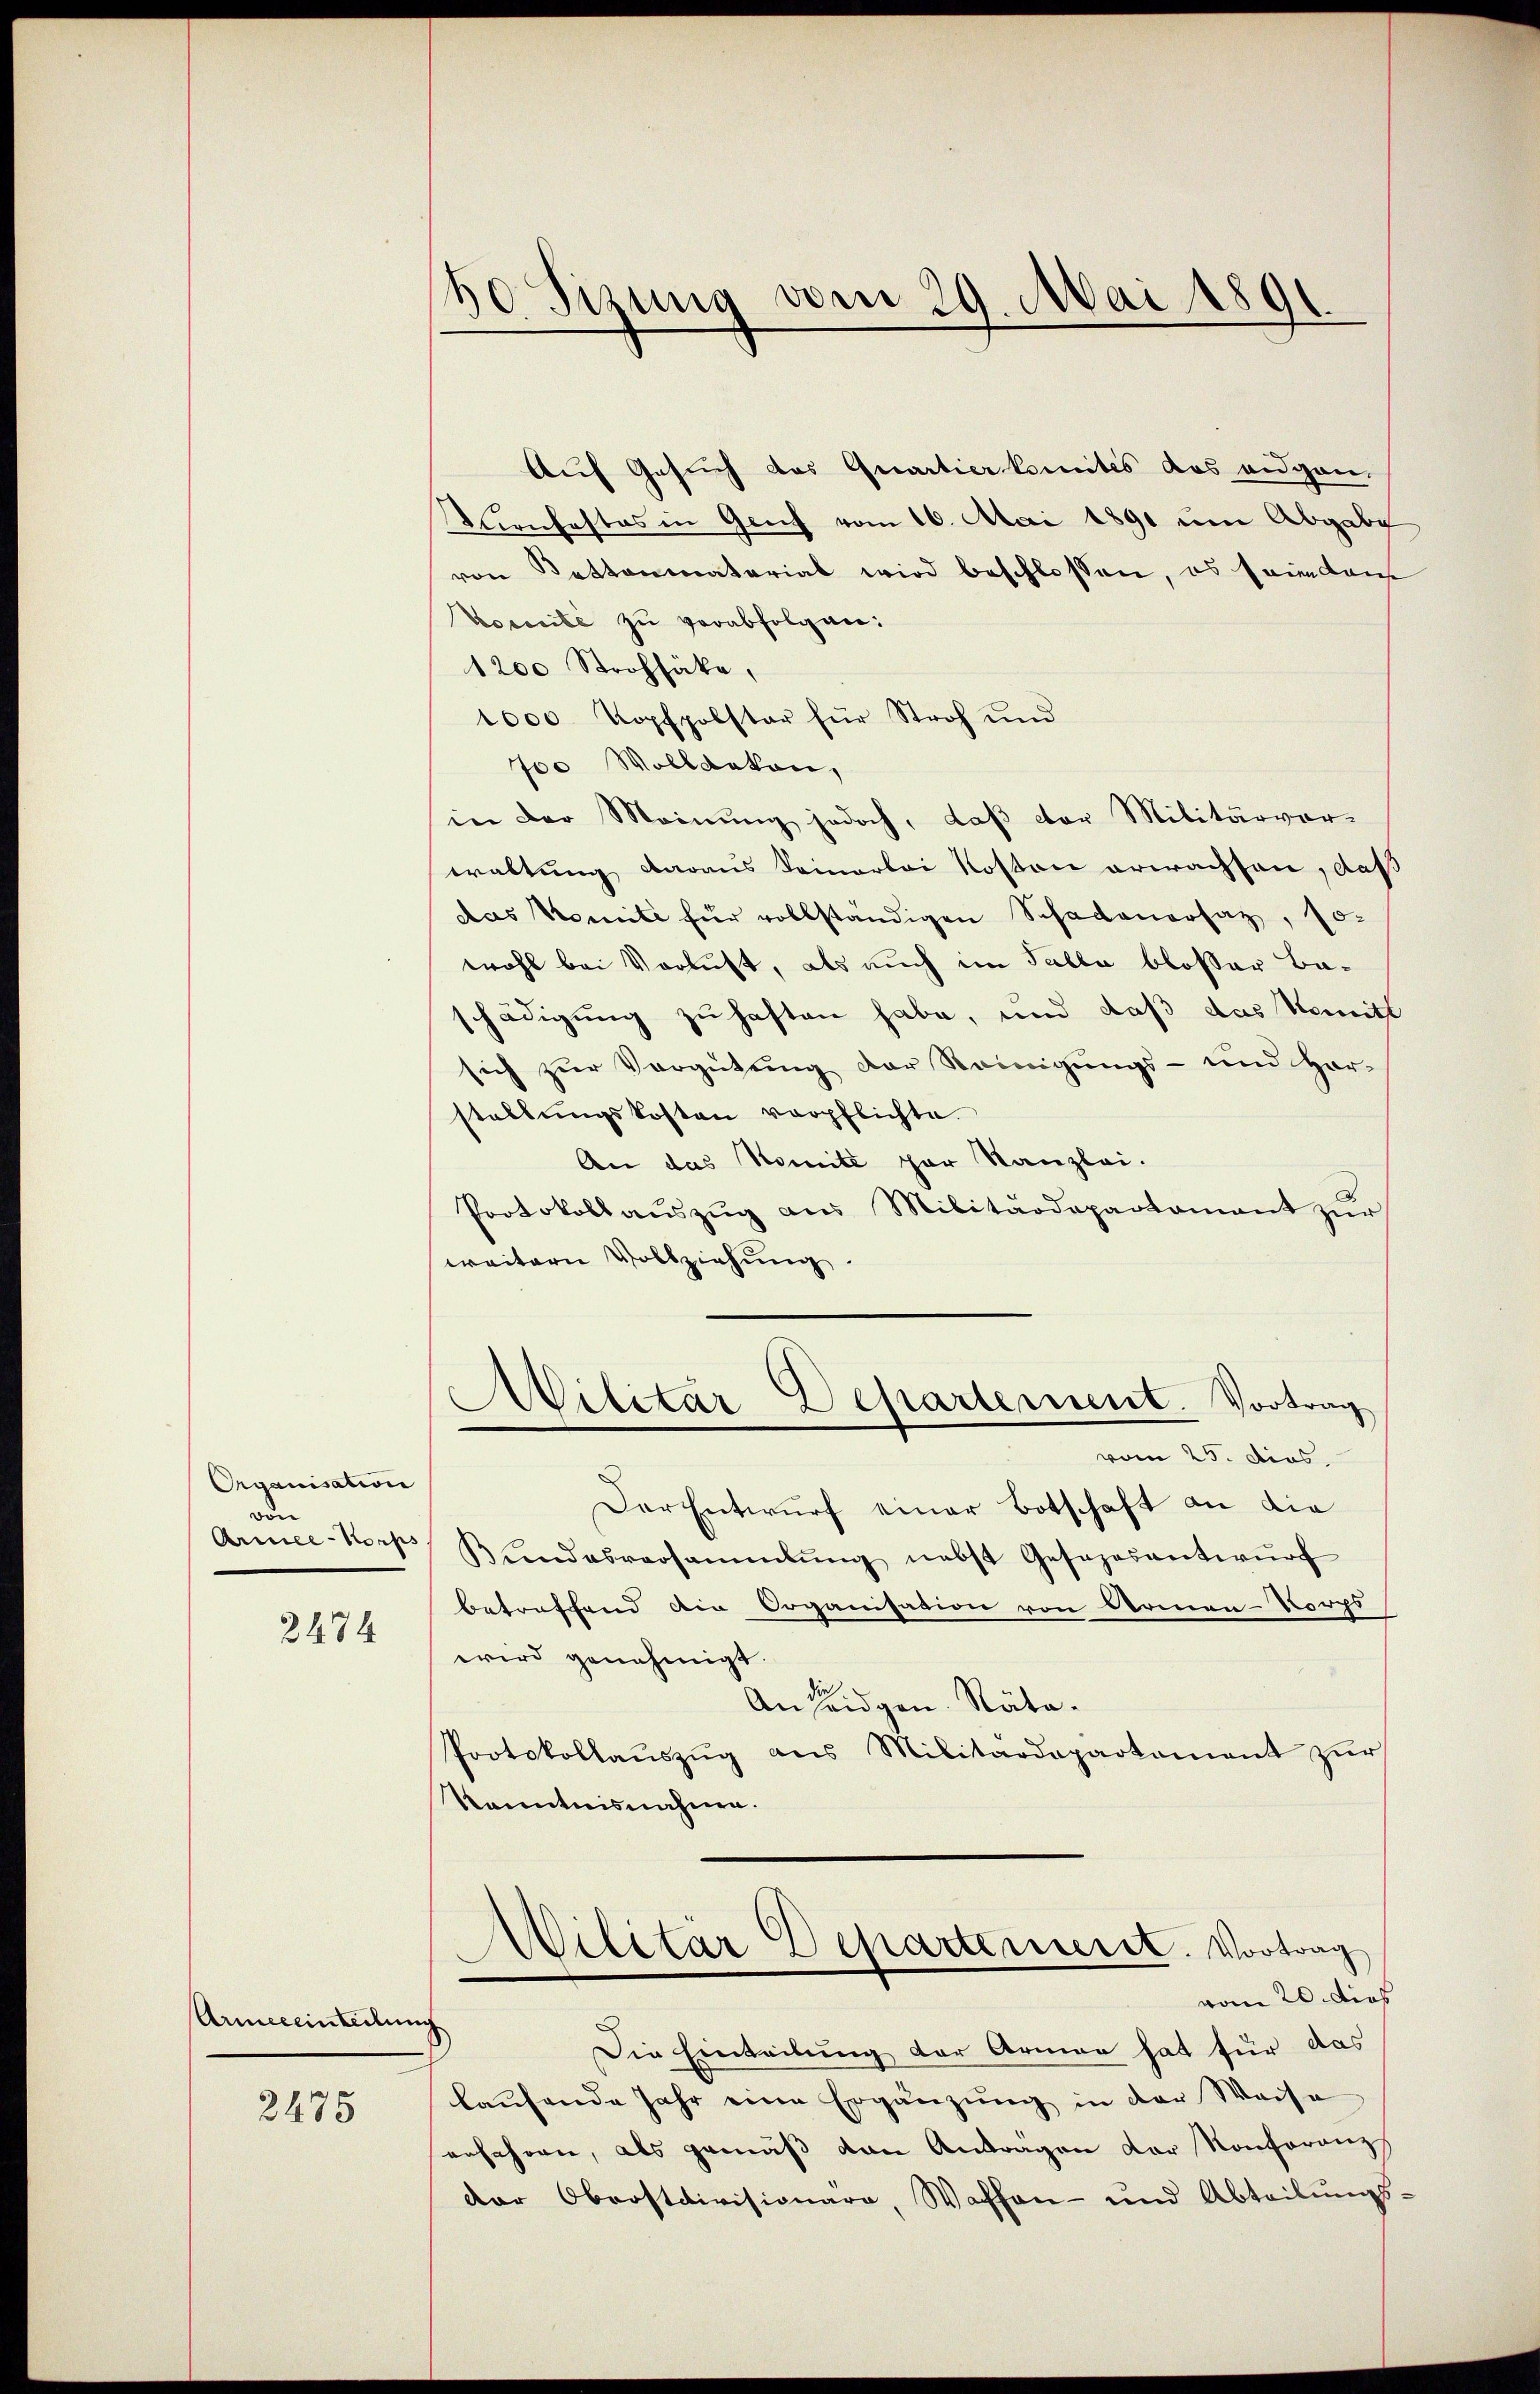
Organisation
von
Armee-Korps
2474

Armeeeinteilung

2475

50 Sizung vom 29. Mai 1891.

Auf Gesuch das Quartierkomites das eidgan-
confestes in Graf vom 16. Mai 1891 um Abgabe
von Kettenmaterial wird beschlossen, es seiendant
Voccite zu verabfolgen:
1200 Strohhäke,
1000 Kopfpolster für Stroh und
700 Wollanten,
in der Meinŭng jedoch, daβ der Militärver-
waltung daraus keinerlei Roston erwachsen, daß
das Komite für vollständigen Schadenersaz, so-
wohl bei Verlust, als auch im Talla bloßer Baschädigung zu haften habe, und daß das Semitt
sich zur Vergütung der Reinigungs- und Har-
stellŭngskosten verpflichte.
An das Komité par Kanzlei.
Protokoll aŭszŭg aŭs Militärdepartamant zŭr
weitern Vollziehŭng
Militär-Departement. Vortrag
vom 25. dies
Der Entwurf einer Botschaft an die
Bŭndesversammlung nebst Gesezesantwŭrf
betreffend die Organisation von Armen-Korps
wird genehmigt.
r
An seidgen. Näta.
Protokollaŭszŭg ans Militärdepartament zŭr
Kenntnisnahme.
ilitär Departemente. Vortrag
vom 20. dies
Die Einteilung der Armen hat für das
laŭfende Jahr eine Ergänzung in der Weise
erfahren, als gemäß von Antragen der Konferenz
dar Oberstcivisionara, Waffen- und Abteilŭngs-